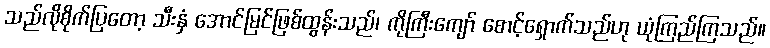
သည်လိုစိုက်ပြတော့ သီးနှံ အောင်မြင်ဖြစ်ထွန်းသည်၊ ကိုကြီးကျော် စောင့်ရှောက်သည်ဟု ယုံကြည်ကြသည်။